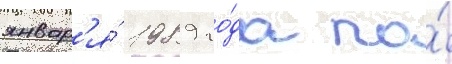
январ'я́ 1989 го́да по́